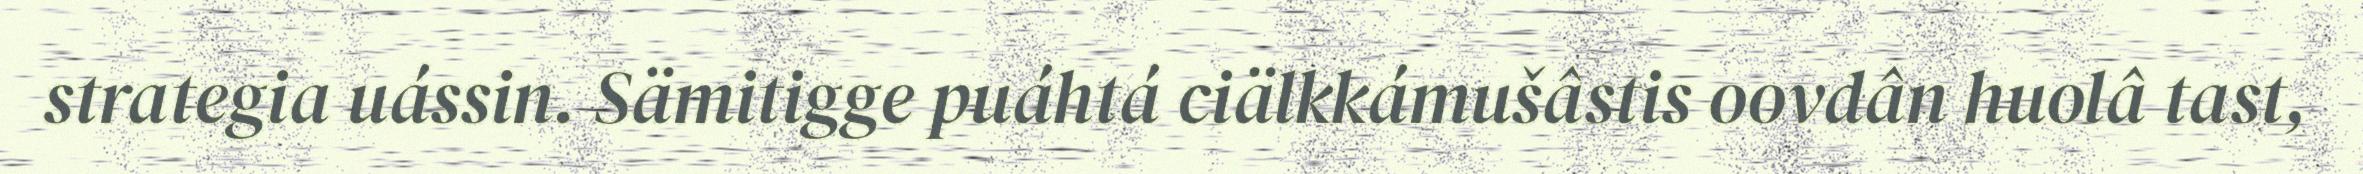
strategia uássin. Sämitigge puáhtá ciälkkámušâstis oovdân huolâ tast,